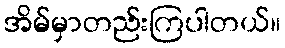
အိမ်မှာတည်းကြပါတယ်။